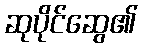
ဆုပိုင်ဆွေ၏